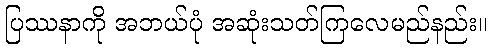
ပြဿနာကို အဘယ်ပုံ အဆုံးသတ်ကြလေမည်နည်း။